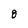
Character: 8